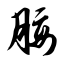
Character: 腰